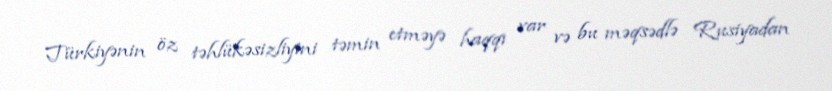
Türkiyənin öz təhlükəsizliyini təmin etməyə haqqı var və bu məqsədlə Rusiyadan